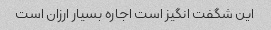
این شگفت انگیز است اجاره بسیار ارزان است